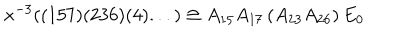
x ^ { - 3 } ( ( 1 5 7 ) ( 2 3 6 ) ( 4 ) . . . ) \cong A _ { 1 5 } A _ { 1 7 } \left( A _ { 2 3 } A _ { 2 6 } \right) E _ { 0 }